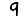
Digit: 9